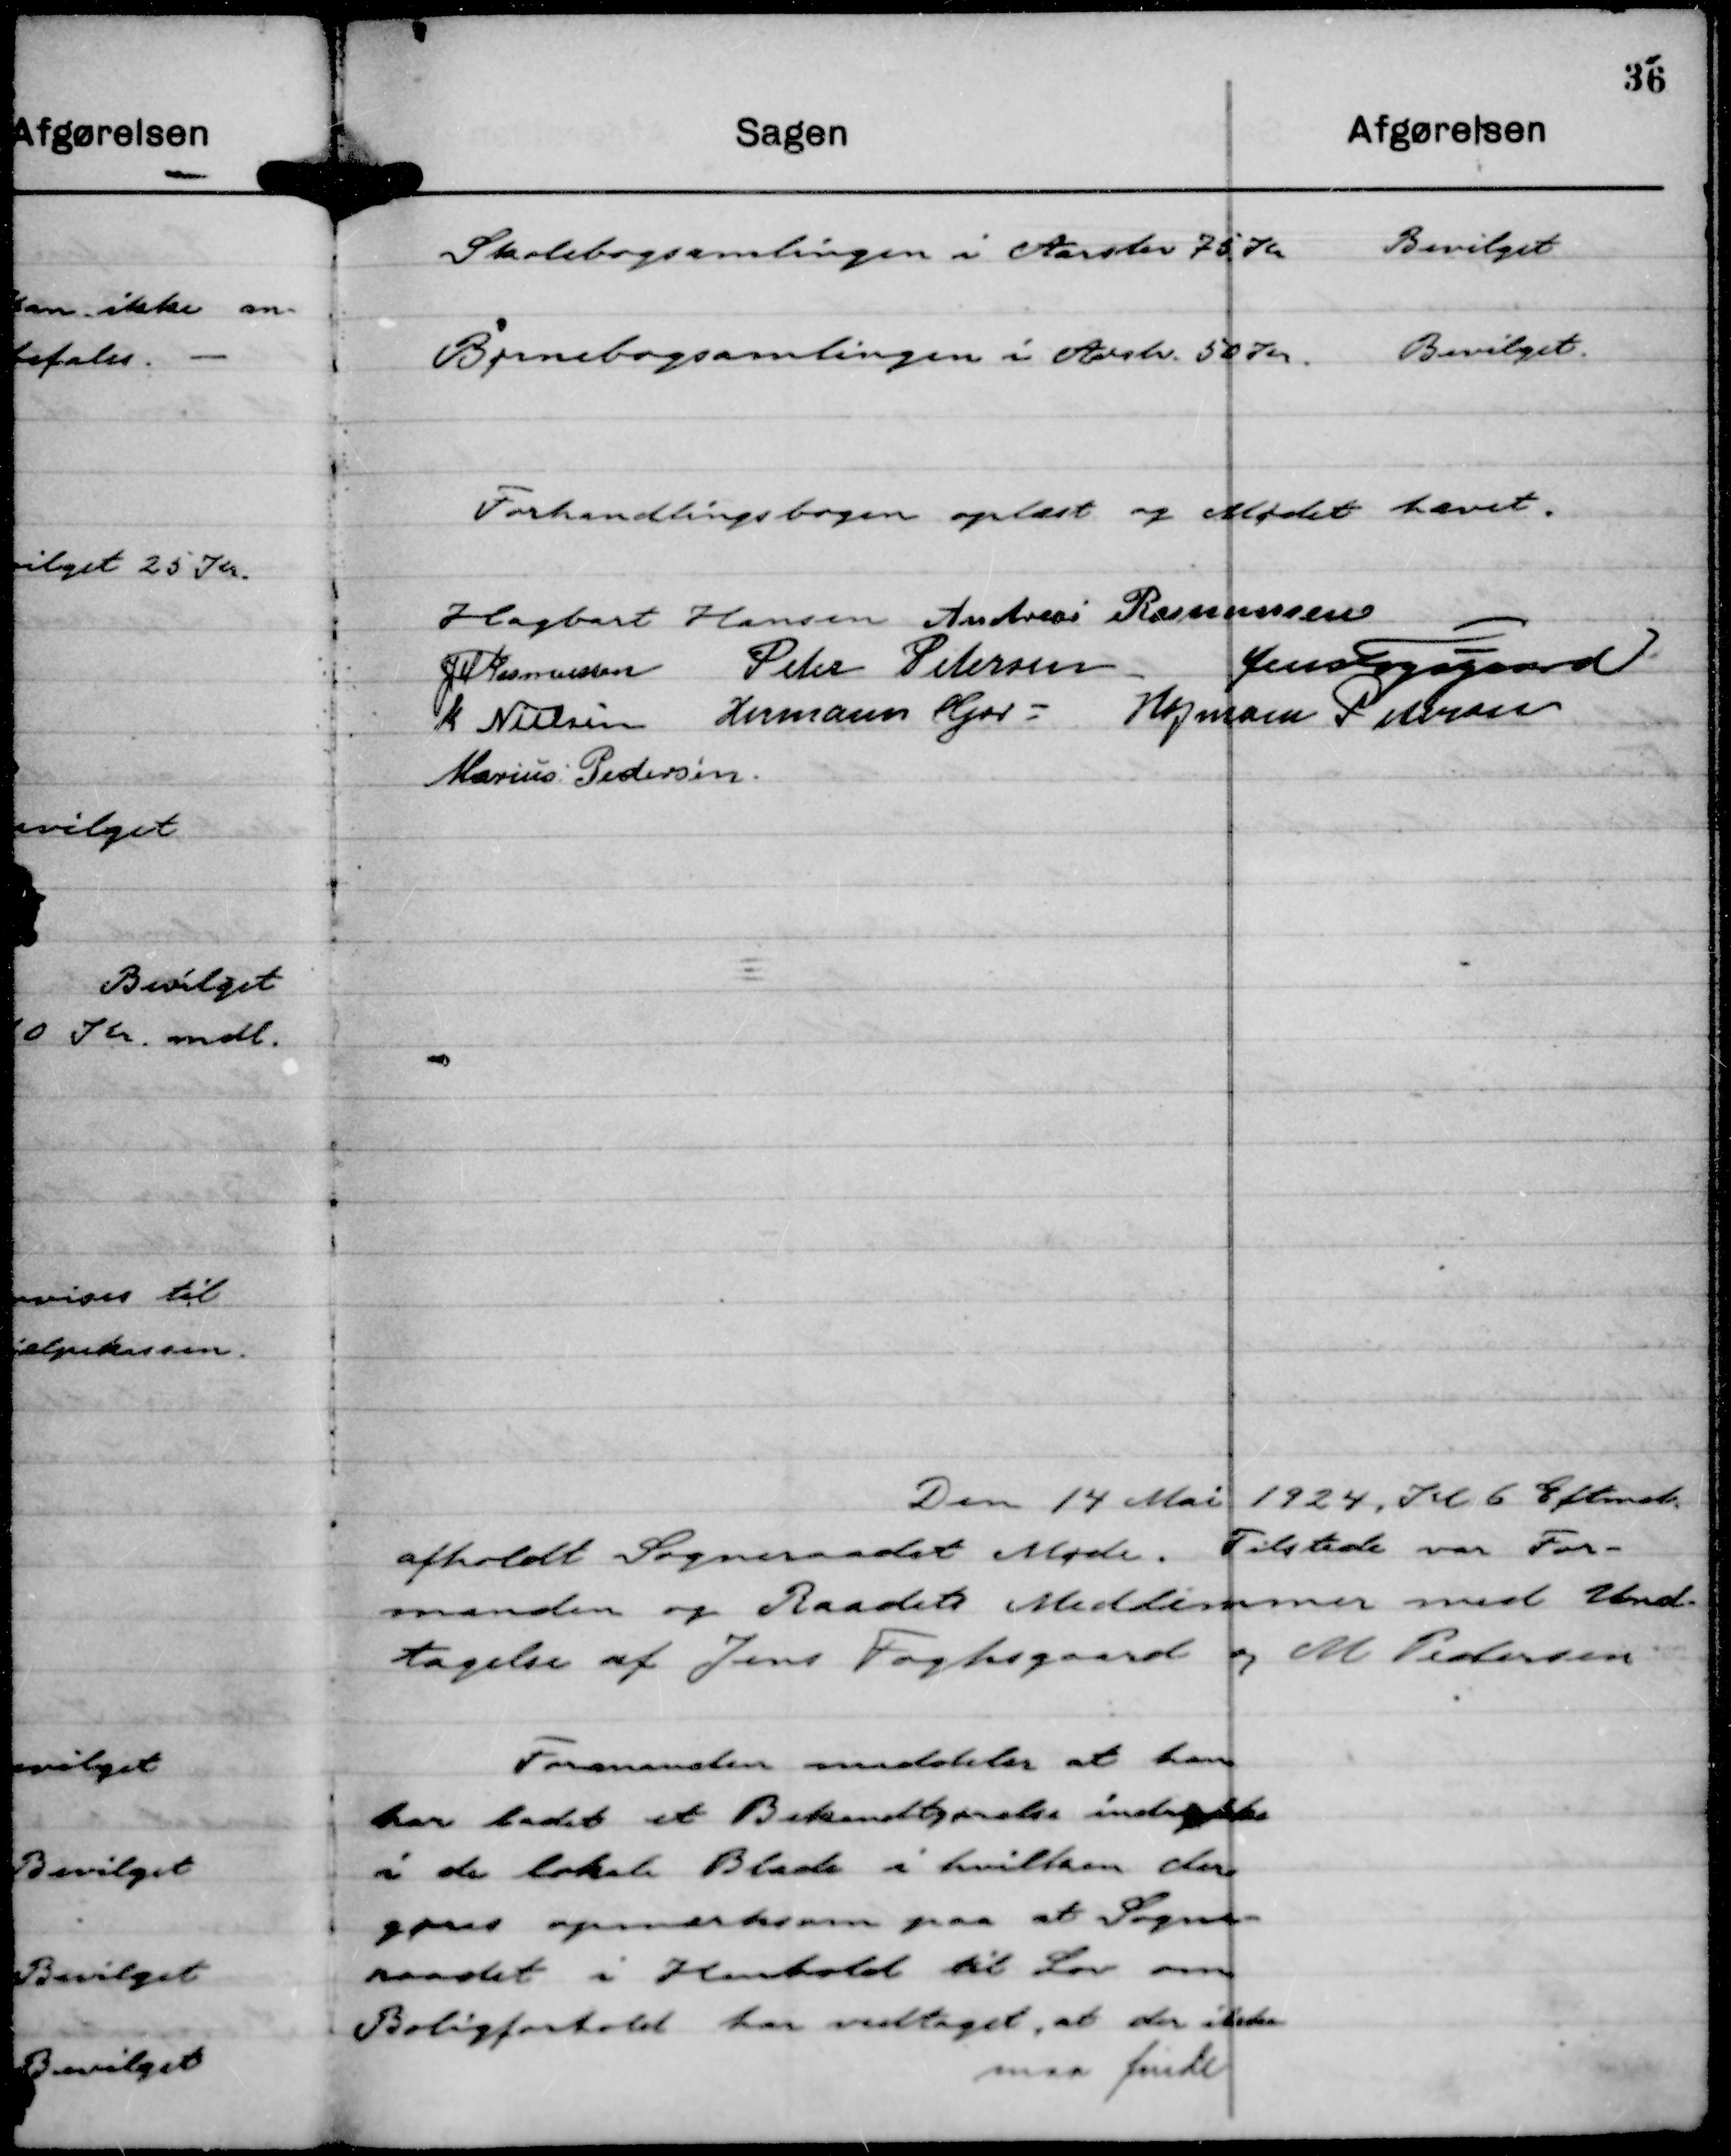
Transskription:
Forhandlingsbogen oplæst og Mødet hævet.
Hagbart Hansen
Andreas Rasmussen
JM Rasmussen
Peter Petersen
Jens Fogsgaard
K Nielsen
Hermann Kjær
Hofmann Petersen
Marius Pedersen.

Den 14 Mai 1924, Kl 6 Eftmd.
afholdt Sogneraadet Møde. Tilstede var For-
manden og Raadets Medlemmer med Und-
tagelse af Jens Fogsgaard og M Pedersen

Formanden meddeler at han
har ladet et Bekendtgørelse indrykke
i de lokale Blade i hvilken der
gøres opmærksom paa at Sogne-
raadet i Henhold til Lov om
Boligforhold har vedtaget, at der ikke
maa finde